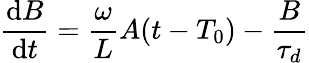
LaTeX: \frac{\mathrm{d}B}{\mathrm{d}t}=\frac{\omega}{L}A(t-T_{0})-\frac{B}{\tau_{d}}